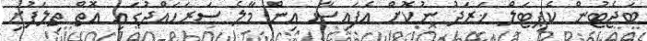
ބަޖެޓުން ކެޕިޓަލް ޚަރަދު ނުކޮށް އެފައިސާ އިން މާލެ ސަރަހައްދުގައި އޮތް ތިލަފުށި